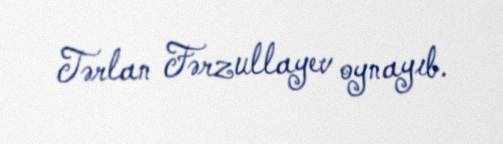
Tərlan Fərzullayev oynayıb.